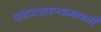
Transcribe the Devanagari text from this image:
फोटोलावण्यामागची